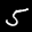
Label: 5